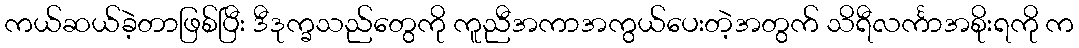
ကယ်ဆယ်ခဲ့တာဖြစ်ပြီး ဒီဒုက္ခသည်တွေကို ကူညီအကာအကွယ်ပေးတဲ့အတွက် သိရီလင်္ကာအစိုးရကို က